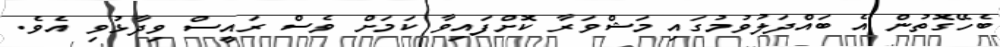
ބެހޭގޮތުން އެ ބައްދަލުވުމުގައި މަޝްވަރާ ކޮށްފައިވާ ކަމަށް ވެސް ރައީސް ވިދާޅުވި އެވެ.